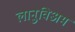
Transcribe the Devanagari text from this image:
लानुविअम